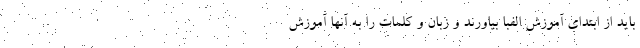
باید از ابتدای آموزش الفبا بیاورند و زبان و کلمات را به آنها آموزش